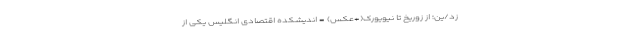
زد/یِن؛ از زوریخ تا نیویورک(+عکس) - اندیشکده اقتصادی انگلیس یکی از